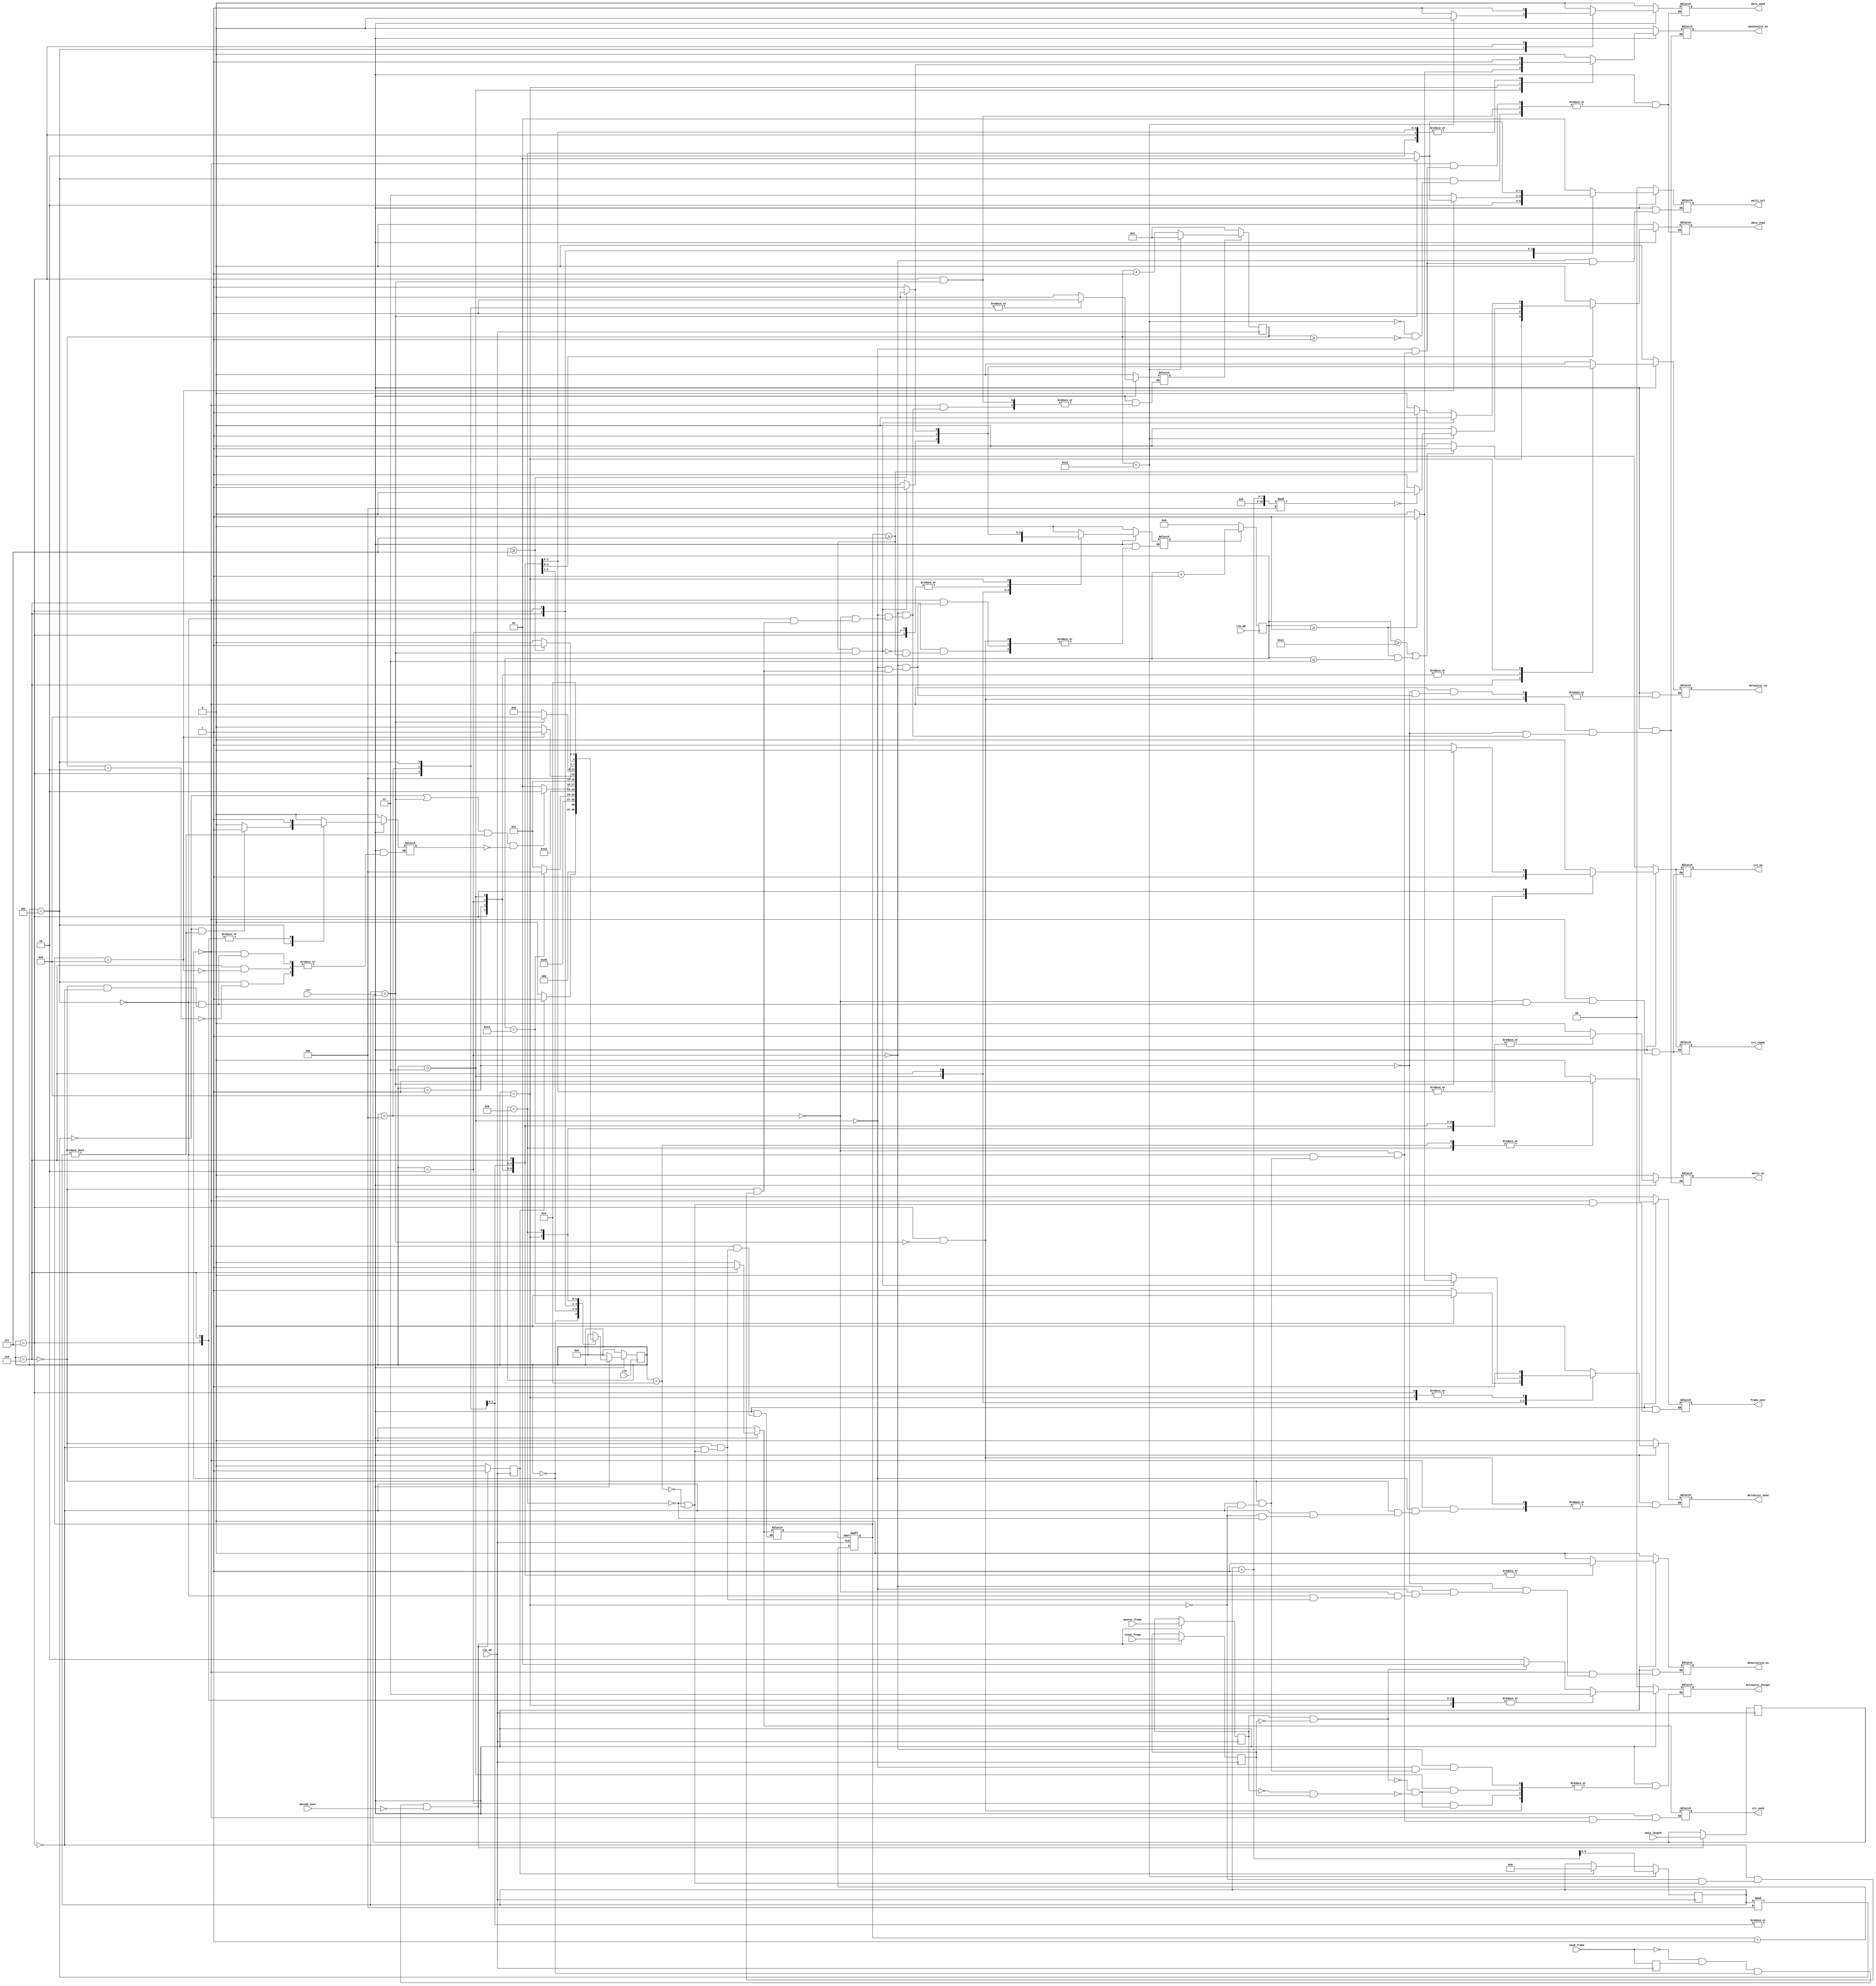
module EncodeCtrl (
		input 				rst,                    //λź
		input 				clk,                    //24Mhzʱ
		input				   clk_6M,                 //6Mhzʱ
		input				   clk_3M,                 //3Mhzʱ
		
		
		input 				send_frame,             //֡ź
		input[6:0]			data_length,            //ݳ
		input				   master_frame,           //͵֡Ϊ֡
		input 				slave_frame,            //͵֡Ϊ֡
		input					decode_over,
		
		output reg[1:0]	    delimiter_format,       //ֽ֡ʽ
		output reg[1:0]	    multi_sel,              //·ѡź
		
		output reg			  manchesite_en,          //˹رʹź
		output reg			  crc_en,                 //CRCģʹź
		output reg          multi_en,              //·ѡʹź
		output reg			  deserialize_en,        //תʹź
		output reg			  delimiter_en,          //ֽʹź
		
		output reg			data_read,             //תģź
		output reg			data_send,             //תģתź
		output reg			delimiter_send,        //ֽ֡ź
		output reg   		crc_send,              //CRCУзź
		output reg			crc_ready,             //CRCź
		output reg			frame_over             //֡ź

)/*synthesis preserve="true"*/;
	parameter IDLE=4'b0000;                    //ȴ״̬
	parameter SET_SF=4'b0001;                  //ñ־λ״̬
	parameter SEND_HEADER=4'b0010;             //ʼ֡ʼֽ״̬
	parameter HEADER_WAIT=4'b0011;             //ȴʼֽ״̬
	parameter SEND_DATA=4'b0100;               //ʼ״̬
	parameter DATA_WAIT=4'b0101;               //ȴ״̬
	parameter SEND_CRC=4'b0110;                //ʼCRCУ״̬
	parameter CRC_WAIT=4'b0111;                //ȴCRCУ״̬
	parameter SEND_TRAIL=4'b1000;              //ʼֹֽ״̬
	parameter TRAIL_WAIT=4'b1001;              //ȴֽ֡״̬
	parameter DELAY_SF=4'b1010;                //־λ״̬
	
	//reg[3:0] 	clkcount;

	(*keep ="true"*)reg[3:0] 	next_state=4'h0;
	
	reg[4:0] 	data_counter=5'h1;
	
	reg[6:0] 	word_counter=7'h0;
	reg[3:0] 	crc_counter=4'h0;
	(*keep ="true"*)reg[3:0]   	current_state=4'h0;
	reg[4:0]   	delimiter_counter=5'h0;
	
	reg		delimiter_count_en;
	reg		data_count_en;
	reg		crc_count_en;
	reg    	send_frame_f=1'b0;

	
	reg    	end_flag;
	reg    	willend_flag;
	reg    	crc_end;
	
	
	reg[6:0]	data_length_r;
	reg		S_frame_r;
	reg		M_frame_r;
	reg		send_frame_r=1'b0;
	
	initial begin
		current_state<=4'h0;
		next_state<=4'h0;
	end
	
	
	always @(posedge clk_6M  ) begin
		if(delimiter_count_en==1'b0)begin
			delimiter_counter<=5'h0;
		end else begin
			delimiter_counter<=delimiter_counter+5'h1;
		end
	end
	
	always @(negedge clk_3M) begin
			send_frame_r<=send_frame;
	   if(send_frame==1'b0&&send_frame_r==1'b1&&current_state==4'h0&&decode_over==1'b0)begin
	       send_frame_f<=1'b1;
			 data_length_r<=data_length;
			 S_frame_r<=slave_frame;
			 M_frame_r<=master_frame;
	   end else begin
	       send_frame_f<=1'b0;
	   end
	end
	
	always @(posedge clk_3M )begin
		if(send_frame_f==1'b1) begin
			word_counter<=5'h0;
		end
		if(data_counter==5'h10)begin
		   word_counter<=word_counter+1;
		end		
	end
	
	always @(posedge clk_3M ) begin

		if(data_count_en==1'b0)begin
			data_counter<=5'b00001;
		end else begin
			data_counter<=data_counter+1;
			if(data_counter==5'b10000)begin
			     data_counter<=5'b00001;
			end

		end
	end
	
	always @(posedge clk_3M  or negedge crc_count_en)begin
		if(crc_count_en==1'b0)begin
			crc_counter<=4'h0;
		end else begin
			crc_counter<=crc_counter+1;
		end
	end
	
	
	
	/*always @(posedge clk ) begin
		if(rst==1'b0) begin
			clkcount<=4'h0;
		end else begin
			clkcount<=clkcount+1;
		end
	end*/
	

	
	always @(posedge clk)begin
		if(rst==1'b0)begin
			current_state<=IDLE;
		end else begin
			current_state<=next_state;
		end
	end
	
	always @(*) begin
		if(rst==1'b0)begin
			next_state<=IDLE;
			manchesite_en<=1'b0;
			crc_en<=1'b0;
			data_read<=1'b0;
			data_send<=1'b0;
			crc_send<=1'b0;
			delimiter_send<=1'b0;
			crc_ready<=1'b0;
			multi_en<=1'b0;
			deserialize_en<=1'b0;
			delimiter_en<=1'b0;	
			data_count_en<=1'b0;
			delimiter_count_en<=1'b0;
			crc_count_en<=1'b0;
			data_count_en<=1'b0;
			frame_over<=1'b0;
			end_flag<=1'b0;
			willend_flag<=1'b0;
			crc_end<=1'b0;
		    multi_sel<=2'b00;
			delimiter_format<=2'b00;			
		end else begin
			/*next_state<=next_state;
			manchesite_en<=manchesite_en;
			crc_en<=crc_en;
			data_read<=data_read;
			data_send<=data_send;
			crc_send<=crc_send;
			delimiter_send<=delimiter_send;
			crc_ready<=crc_ready;
			multi_en<=multi_en;
			deserialize_en<=deserialize_en;
			delimiter_en<=delimiter_en;	
			data_count_en<=data_count_en;
			delimiter_count_en<=delimiter_count_en;
			crc_count_en<=crc_count_en;
			data_count_en<=data_count_en;
			frame_over<=frame_over;
			end_flag<=end_flag;
			willend_flag<=willend_flag;
			crc_end<=crc_end;	
		    multi_sel<=multi_sel;
			delimiter_format<=delimiter_format;*/
		case (current_state)
		
			IDLE:begin
				manchesite_en<=1'b0;
				crc_en<=1'b0;
				crc_ready<=1'b0;
				multi_en<=1'b0;
				deserialize_en<=1'b0;
				delimiter_en<=1'b0;
				delimiter_count_en<=1'b0;
				delimiter_send<=1'b0;
				data_read<=1'b0;
				data_send<=1'b0;
				crc_ready<=1'b0;
				crc_send<=1'b0;
				crc_count_en<=1'b0;
				data_count_en<=1'b0;
				data_count_en<=1'b0;
				end_flag<=1'b0;
				willend_flag<=1'b0;
				frame_over<=1'b0;
				crc_end<=1'b0;
				if(send_frame_f==1'b1)begin
					next_state<=SET_SF;
				end else begin
					next_state<=IDLE;
				end
			end
			
			SET_SF:begin
				deserialize_en<=1'b1;
				delimiter_en<=1'b1;
				manchesite_en<=1'b0;
				multi_en<=1'b1;
				next_state<=SEND_HEADER;
			end
		
			SEND_HEADER:begin
			   manchesite_en<=1'b0;
				deserialize_en<=1'b1;
				data_count_en<=1'b0;
				delimiter_en<=1'b1;
				multi_en<=1'b1;
				multi_sel<=2'b01;
				delimiter_count_en<=1'b1;
				if(M_frame_r==1'b1&&S_frame_r==1'b0)begin
					delimiter_format<=2'b01;
				end else if(M_frame_r==1'b0&&S_frame_r==1'b1)begin
					delimiter_format<=2'b10;
				end
				next_state<=HEADER_WAIT;
			end
			
			HEADER_WAIT:begin
			    manchesite_en<=1'b0;
				data_count_en<=1'b0;
				data_read<=1'b1;
			    if(delimiter_counter>=5'h1)begin
                    manchesite_en<=1'b1;
                    delimiter_send<=1'b1;
                    data_read<=1'b0;
			    end
				if(M_frame_r==1'b1&&S_frame_r==1'b0)begin
                    delimiter_format<=2'b01;
                end else if(M_frame_r==1'b0&&S_frame_r==1'b1)begin
                    delimiter_format<=2'b10;
                end			
				deserialize_en<=1'b1;
                delimiter_en<=1'b1;
                multi_en<=1'b1;
                multi_sel<=2'b01;
                delimiter_send<=1'b1;
                delimiter_count_en<=1'b1;			
				if(delimiter_counter>=5'h011||(delimiter_counter>=1&&delimiter_counter<=3))begin
				    data_read<=1'b1;
				    data_send<=1'b0;
				end else begin
					 data_read<=1'b0;
					 data_send<=1'b0;
				end
				if(delimiter_counter==5'h13) begin
					delimiter_count_en<=1'b0;
					delimiter_send<=1'b0;
					next_state<=SEND_DATA;
				end else begin
					next_state<=HEADER_WAIT;
				end
			end
			
			SEND_DATA:begin
					 data_read<=1'b1;
                data_send<=1'b0;			
                data_count_en<=1'b1;
                multi_en<=1'b1;                    
                crc_en<=1'b1;
                crc_ready<=1'b1;
                crc_send<=1'b0;
                multi_sel<=2'b10;
					 deserialize_en<=1'b1;
                manchesite_en<=1'b1;				                        
				next_state<=DATA_WAIT;
			end
			
			DATA_WAIT:begin
				deserialize_en<=1'b1;			
                data_count_en<=1'b1;
                crc_en<=1'b1;
                crc_ready<=1'b1;
                crc_send<=1'b0;
                multi_sel<=2'b10;
                multi_en<=1'b1;
                manchesite_en<=1'b1;                                	               		
			     if(data_counter>=5'h01)begin
                   data_read<=1'b0;
                   data_send<=1'b1;
              end
				if(data_counter==5'h10)begin
                    data_send<=1'b0;
                    if((word_counter+1)%4==0)begin
                        data_read<=1'b0;
                    end else begin
                        data_read<=1'b1;
                    end
                    if(word_counter==data_length_r-1)begin
                       willend_flag<=1'b1;
                    end else begin
                        willend_flag<=1'b0;
                    end
                end 
                if(data_counter==5'h02)begin
                    /*if(willend_flag==1'b1)begin
                        data_read<=1'b0;
                    end*/
                    if(word_counter%4==0&&word_counter!=5'h0)begin
                        crc_end<=1'b1;
                    end else begin
                        crc_end<=1'b0;
                    end
                end                
				if(((word_counter%4==0)||(word_counter==data_length_r))&&(word_counter!=5'h0)&&(crc_end==1'b0))begin				    
					next_state<=SEND_CRC;
					if(word_counter==data_length_r)begin
					   end_flag<=1'b1;
					end else begin
						end_flag<=1'b0;
					end
				end else begin
					end_flag<=1'b0;
					next_state<=DATA_WAIT;
				end
			end
			
			SEND_CRC:begin
                crc_count_en<=1'b1;
                crc_en<=1'b1;
                data_count_en<=1'b0;
                data_read<=1'b0;
                data_send<=1'b0;
                multi_sel<=2'b11;
                multi_en<=1'b1;    
					 deserialize_en<=1'b1;
                crc_send<=1'b1;
                crc_ready<=1'b1;
                manchesite_en<=1'b1;
                delimiter_send<=1'b0;
					 delimiter_en<=1'b0;
					 delimiter_format<=2'b11;
				if(crc_counter>=4'h07&&word_counter==data_length_r)begin
						  delimiter_count_en<=1'b1;
						  if(delimiter_counter>=5'h1)begin
							 delimiter_send<=1'b1;
						  end else begin
							 delimiter_send<=1'b0;
						  end
                    delimiter_en<=1'b1;
                    delimiter_format<=2'b11;					 
	             end else if(crc_counter>=4'h07)begin
	               data_read<=1'b1;
	               data_send<=1'b0;
	             end else begin
						data_read<=1'b0;
						data_send<=1'b0;
						delimiter_en<=1'b0;
						delimiter_count_en<=1'b0;
					 end
				if(crc_counter==4'h08)begin
				    crc_end<=1'b1;
					 if(word_counter==data_length_r)begin
							multi_sel<=2'b01;
							multi_en<=1'b1;
					 end else begin
							multi_sel<=2'b10;
							multi_en<=1'b1;
					 end
					 next_state<=CRC_WAIT;
				end else begin
				    next_state<=SEND_CRC;
				end
			end
			
			CRC_WAIT:begin
				deserialize_en<=1'b1;
				crc_send<=1'b0;
				crc_en<=1'b0;
				crc_ready<=1'b0;
				crc_count_en<=1'b0;
				crc_end<=1'b1;
            multi_en<=1'b1;
            manchesite_en<=1'b1; 				
				if(word_counter==data_length_r)begin
                    delimiter_send<=1'b1;
                    delimiter_en<=1'b1;
						  delimiter_count_en<=1'b1;
                    delimiter_format<=2'b11;
                    crc_send<=1'b0;
                    multi_sel<=2'b01;				
					next_state<=SEND_TRAIL;
				end else begin
					data_read<=1'b0;
					data_send<=1'b1;
               data_count_en<=1'b1;
                    crc_en<=1'b1;
                    crc_send<=1'b0;
                    crc_ready<=1'b1;
                    multi_sel<=2'b10;					
					next_state<=DATA_WAIT;
				end
			end
			
			SEND_TRAIL:begin
				delimiter_send<=1'b1;
				delimiter_format<=2'b11;
				delimiter_en<=1'b1;
				delimiter_count_en<=1'b1;
				data_send<=1'b0;
				data_read<=1'b0;
				data_count_en<=1'b0;
				multi_sel<=2'b01;
            multi_en<=1'b1;				
            manchesite_en<=1'b1;	
            crc_send<=1'b0;			
				if(delimiter_counter>=5'h7)begin
					delimiter_en<=1'b0;
					delimiter_count_en<=1'b0;
					manchesite_en<=1'b0;
					next_state<=TRAIL_WAIT;
				end else begin
					next_state<=SEND_TRAIL;
				end
			end
			
			TRAIL_WAIT:begin
				delimiter_count_en<=1'b0;
				delimiter_send<=1'b0;
				manchesite_en<=1'b1;
            multi_en<=1'b1;
            delimiter_en<=1'b0;
            deserialize_en<=1'b0;
            data_count_en<=1'b0;
            delimiter_count_en<=1'b0;
            crc_count_en<=1'b0;
            frame_over<=1'b1;				
				next_state<=DELAY_SF;
			end
			
			DELAY_SF:begin
				manchesite_en<=1'b0;
				multi_en<=1'b0;
				delimiter_en<=1'b0;
				deserialize_en<=1'b0;
				data_count_en<=1'b0;
				delimiter_count_en<=1'b0;
				crc_count_en<=1'b0;
				frame_over<=1'b1;
				next_state<=IDLE;
			end
			
			default:begin
				next_state<=IDLE;
			end
		endcase
		end
	end

	
endmodule